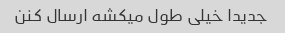
جدیدا خیلی طول میکشه ارسال کنن